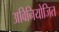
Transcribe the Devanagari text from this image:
अविनियोजित